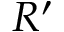
R ^ { \prime }